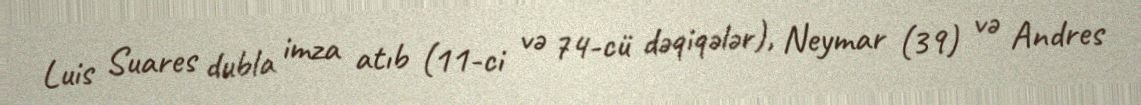
Luis Suares dubla imza atıb (11-ci və 74-cü dəqiqələr), Neymar (39) və Andres